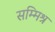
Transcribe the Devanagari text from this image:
सम्‍मिश्र